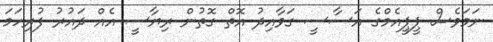
ނަމަވެސް ޕީޕީއެމްގެ އަސާސީ ގަވާއިދު އޮތް ގޮތުން ރިޔާސީ އެއް ދައުރު ފުރިހަމަ